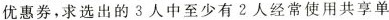
优惠券，求选出的3人中至少有2人经常使用共享单